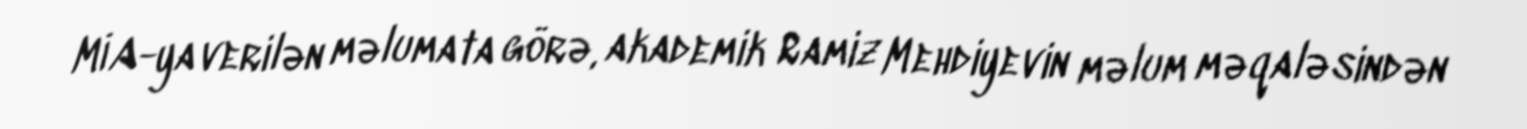
MİA-ya verilən məlumata görə, akademik Ramiz Mehdiyevin məlum məqaləsindən